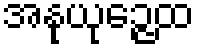
အနုယုဉ္ဇေထ